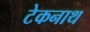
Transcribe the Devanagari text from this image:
टेकनाथ